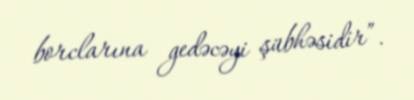
borclarına gedəcəyi şübhəsidir”.